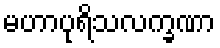
မဟာပုရိသလက္ခဏာ